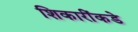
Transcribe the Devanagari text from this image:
शिकारींकडे